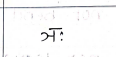
मजकूर: ञः